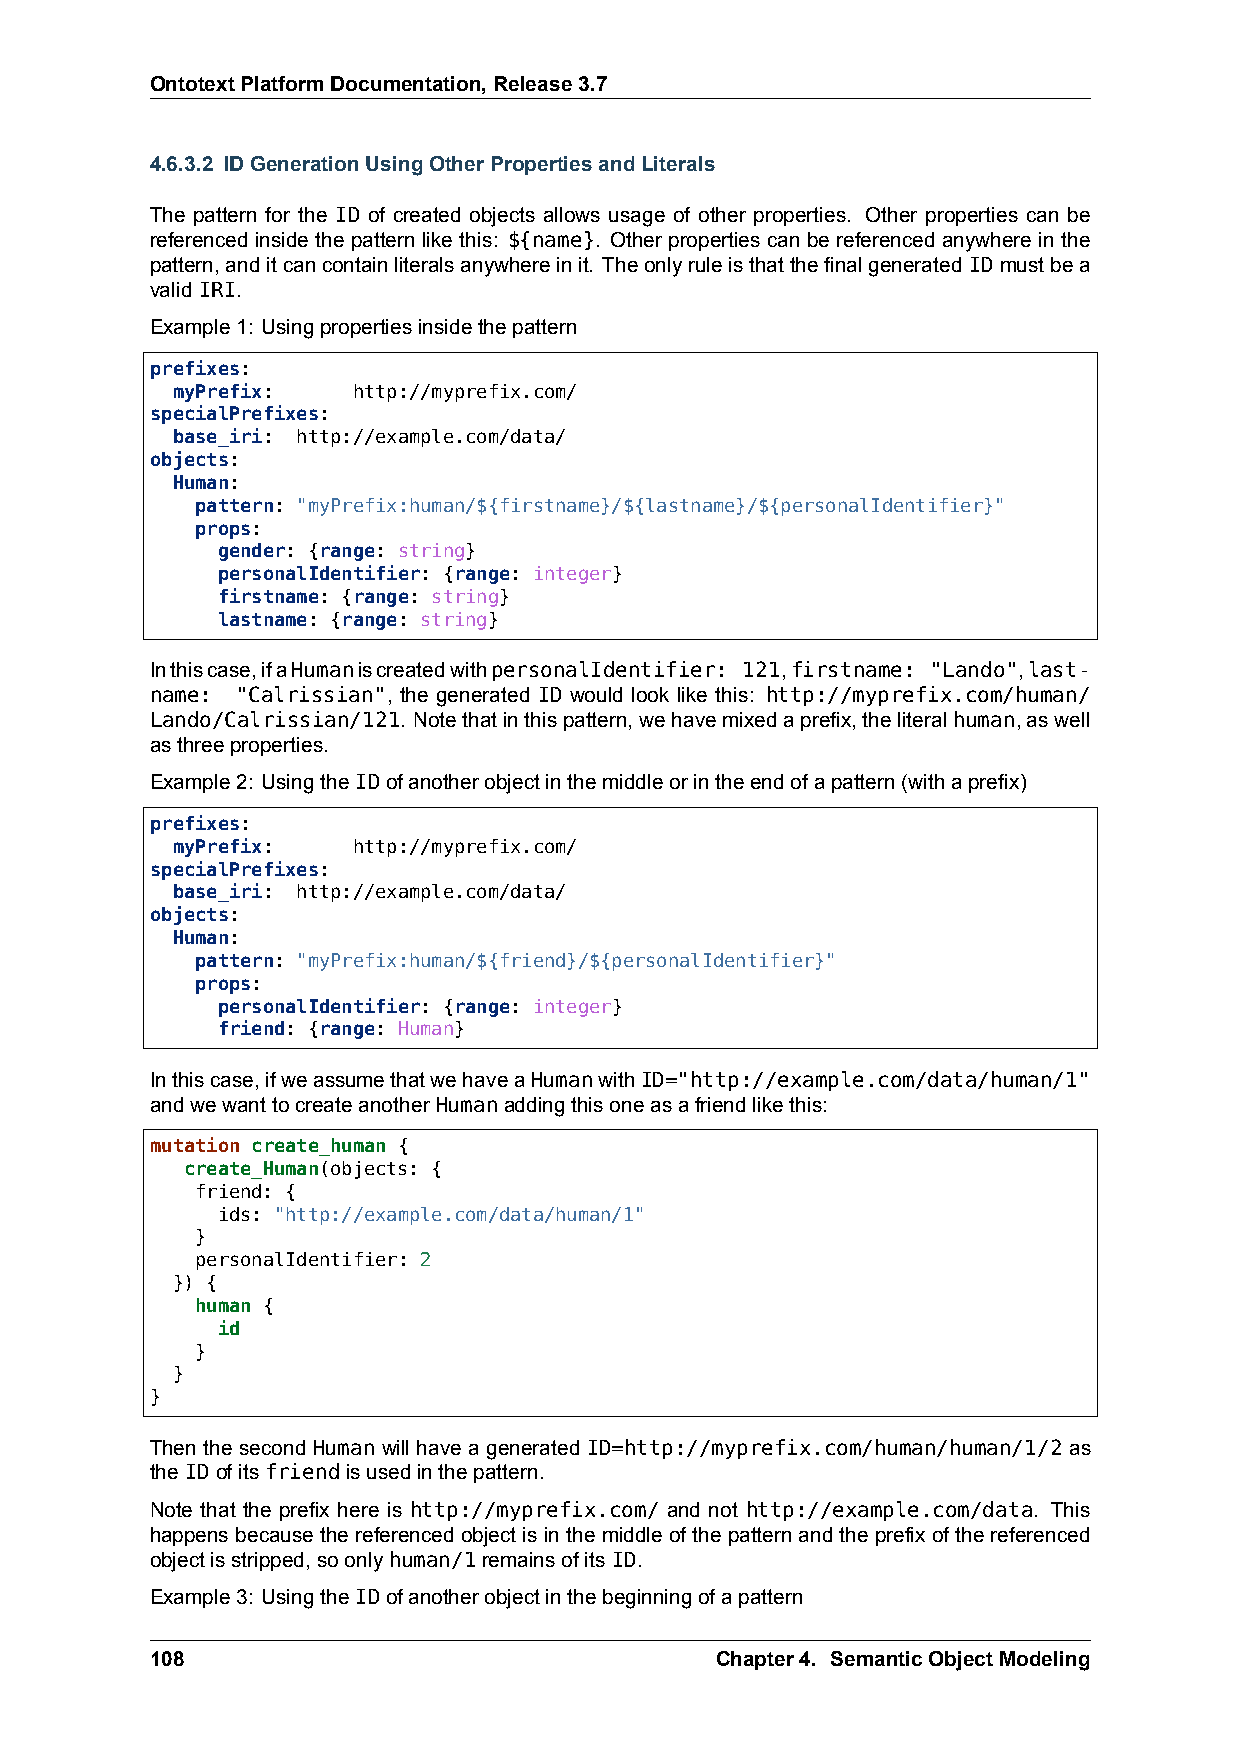
OntotextPlatformDocumentation,Release3.7
 4.6.3.2 IDGenerationUsingOtherPropertiesandLiterals
 The pattern for the ID of created objects allows usage of other properties. Other properties can be
 referenced inside the pattern like this: ${name}. Other properties can be referenced anywhere in the
 pattern,anditcancontainliteralsanywhereinit. TheonlyruleisthatthefinalgeneratedIDmustbea
 validIRI.
 Example1: Usingpropertiesinsidethepattern
 prefixes:
 myPrefix:   http://myprefix.com/
 specialPrefixes:
 base_iri: http://example.com/data/
 objects:
 Human:
 pattern: "myPrefix:human/${firstname}/${lastname}/${personalIdentifier}"
 props:
 gender: {range: string}
 personalIdentifier: {range: integer}
 firstname: {range: string}
 lastname: {range: string}
 Inthiscase,ifaHumaniscreatedwithpersonalIdentifier: 121,firstname: "Lando",last-
 name: "Calrissian", the generated ID would look like this: http://myprefix.com/human/
 Lando/Calrissian/121. Notethatinthispattern,wehavemixedaprefix,theliteralhuman,aswell
 asthreeproperties.
 Example2: UsingtheIDofanotherobjectinthemiddleorintheendofapattern(withaprefix)
 prefixes:
 myPrefix:   http://myprefix.com/
 specialPrefixes:
 base_iri: http://example.com/data/
 objects:
 Human:
 pattern: "myPrefix:human/${friend}/${personalIdentifier}"
 props:
 personalIdentifier: {range: integer}
 friend: {range: Human}
 Inthiscase,ifweassumethatwehaveaHumanwithID="http://example.com/data/human/1"
 andwewanttocreateanotherHumanaddingthisoneasafriendlikethis:
 mutation create_human {
 create_Human(objects: {
 friend: {
 ids: "http://example.com/data/human/1"
 }
 personalIdentifier: 2
 }) {
 human {
 id
 }
 }
 }
 Then the second Human will have a generated ID=http://myprefix.com/human/human/1/2 as
 theIDofitsfriendisusedinthepattern.
 Note that the prefix here is http://myprefix.com/ and not http://example.com/data. This
 happens because the referenced object is in the middle of the pattern and the prefix of the referenced
 objectisstripped,soonlyhuman/1remainsofitsID.
 Example3: UsingtheIDofanotherobjectinthebeginningofapattern
 108                                  Chapter4. SemanticObjectModeling